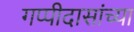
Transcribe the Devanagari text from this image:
गप्पीदासांच्या